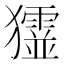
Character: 𤣋